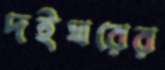
দইঘরের